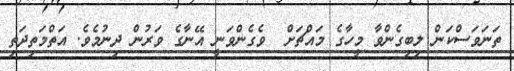
ތަނަވަސްކަން ލިބިގެންވާ މީހާގެ މައްޗަށް  ވެގެންވަނީ އޭނާގެ ވަރުން ދިނުމެވެ. އަތްމަތިދަތި